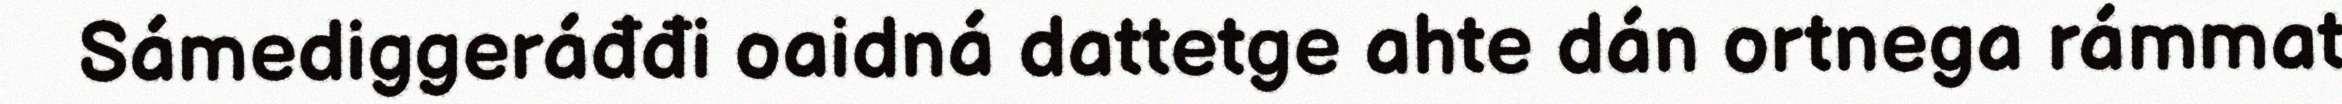
Sámediggeráđđi oaidná dattetge ahte dán ortnega rámmat